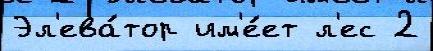
Эл'ева́тор им'е́ет л'ес 2